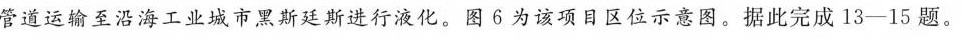
管道运输至沿海工业城市黑斯廷斯进行液化。图6为该项目区位示意图。据此完成13-15题。